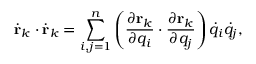
{ \dot { \mathbf { r } } } _ { k } \cdot { \dot { \mathbf { r } } } _ { k } = \sum _ { i , j = 1 } ^ { n } \left( { \frac { \partial \mathbf { r } _ { k } } { \partial q _ { i } } } \cdot { \frac { \partial \mathbf { r } _ { k } } { \partial q _ { j } } } \right) { \dot { q } } _ { i } { \dot { q } } _ { j } ,